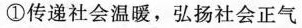
①传递社会温暖，弘扬社会正气